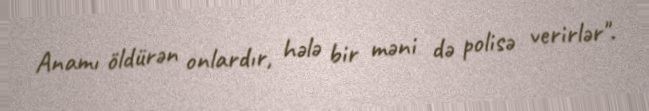
Anamı öldürən onlardır, hələ bir məni də polisə verirlər".